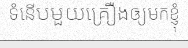
ទំនើបមួយគ្រឿងឲ្យមកខ្ញុំ